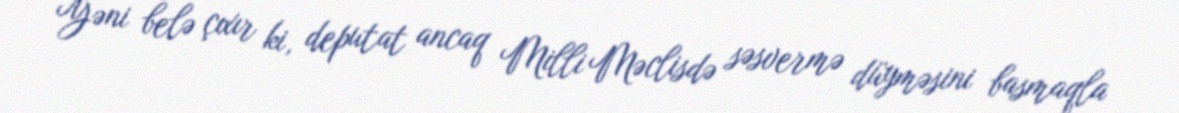
Yəni belə çıxır ki, deputat ancaq Milli Məclisdə səsvermə düyməsini basmaqla